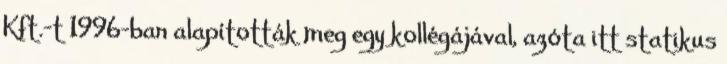
Kft.-t 1996-ban alapították meg egy kollégájával, azóta itt statikus